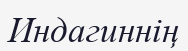
Индагиннің